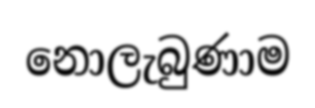
නොලැබුණාම